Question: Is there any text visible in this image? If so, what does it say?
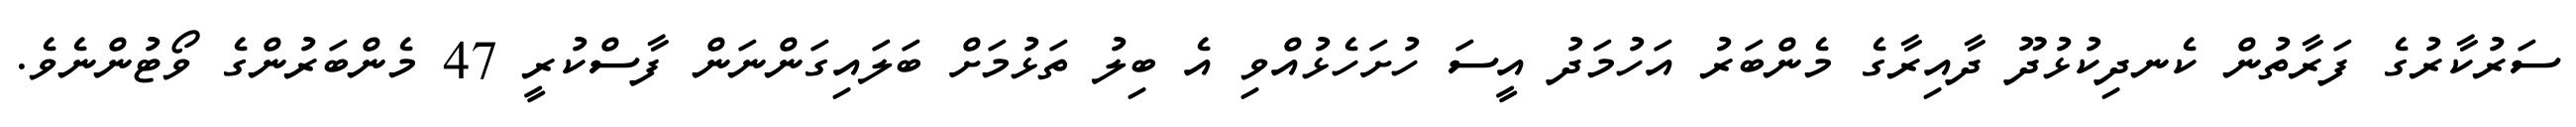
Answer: ސަރުކާރުގެ ފަރާތުން ކެނދިކުޅުދޫ ދާއިރާގެ މެންބަރު އަހުމަދު އީސަ ހުށަހެޅުއްވި އެ ބިލު ތަޅުމަށް ބަލައިގަންނަން ފާސްކުރީ 47 މެންބަރުންގެ ވޯޓުންނެވެ.